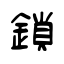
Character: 鎖